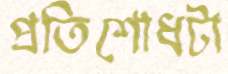
প্রতিশোধটা